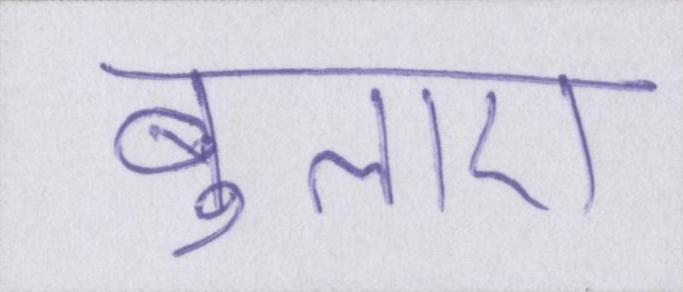
बुलाए